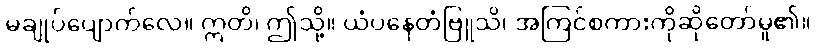
မချုပ်ပျောက်လေ။ ဣတိ၊ ဤသို့။ ယံပနေတံဗြူသိ၊ အကြင်စကားကိုဆိုတော်မူ၏။